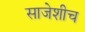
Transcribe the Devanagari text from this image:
साजेशीच